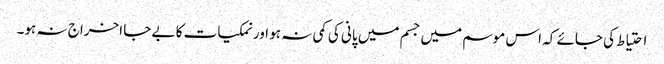
احتیاط کی جائے کہ اس موسم میں جسم میں پانی کی کمی نہ ہو اور نمکیات کا بے جا اخراج نہ ہو۔